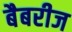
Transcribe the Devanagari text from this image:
बैबरीज